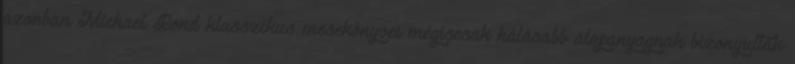
azonban Michael Bond klasszikus mesekönyvei mégiscsak hálásabb alapanyagnak bizonyultak